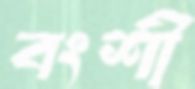
বংশী